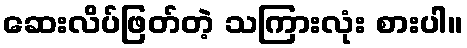
ဆေးလိပ်ဖြတ်တဲ့ သကြားလုံး စားပါ။